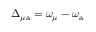
\Delta _ { \mu \mathrm { a } } = \omega _ { \mu } - \omega _ { \mathrm { a } }